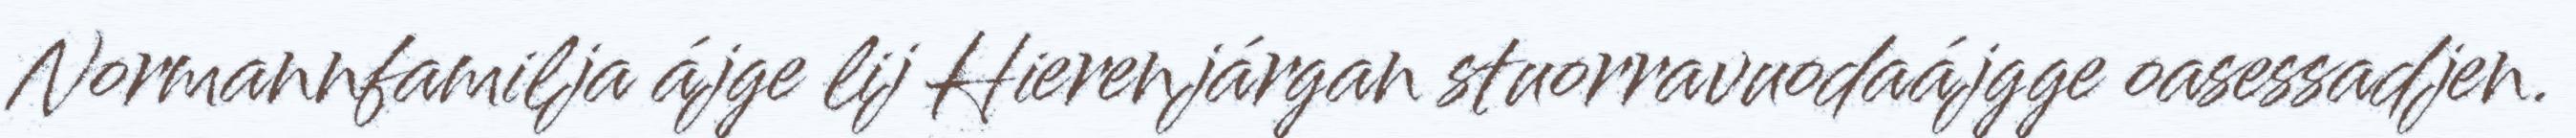
Normannfamilja ájge lij Hierenjárgan stuorravuodaájgge oasessadjen.